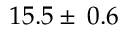
1 5 . 5 \pm \: 0 . 6